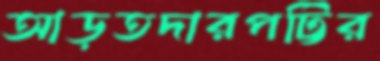
আড়তদারপট্টির